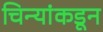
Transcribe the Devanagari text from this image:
चिन्यांकडून